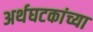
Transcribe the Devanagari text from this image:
अर्थघटकांच्या